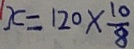
x = 1 2 0 \times \frac { 1 0 } { 8 }